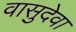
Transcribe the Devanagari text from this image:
वासुदेवा